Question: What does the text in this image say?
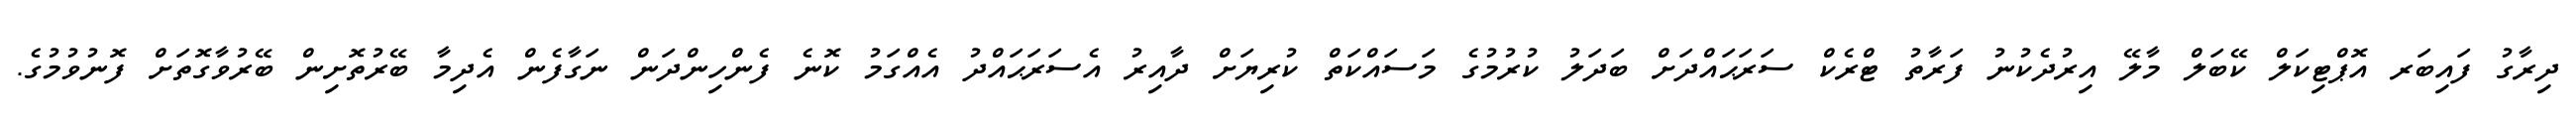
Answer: ދިރާގު ފައިބަރ އޮޕްޓިކަލް ކޭބަލް މާލޭ އިރުދެކުނު ފަރާތު ޓްރެކް ސަރަޙައްދަށް ބަދަލު ކުރުމުގެ މަސައްކަތް ކުރިޔަށް ދާއިރު އެސަރަޙައްދު އެއްގަމު ކޮނެ ފެންހިންދަން ނަގާފެން އެދިމާ ބޭރުތޮށިން ބޭރުވާގޮތަށް ފޮނުވުމުގެ.